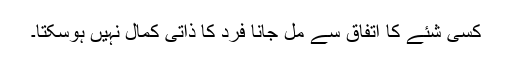
کسی شئے کا اتفاق سے مل جانا فرد کا ذاتی کمال نہیں ہوسکتا۔